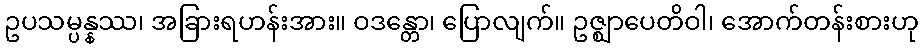
ဥပသမ္ပန္နဿ၊ အခြားရဟန်းအား။ ဝဒန္တော၊ ပြောလျက်။ ဥဇ္ဈာပေတိဝါ၊ အောက်တန်းစားဟု